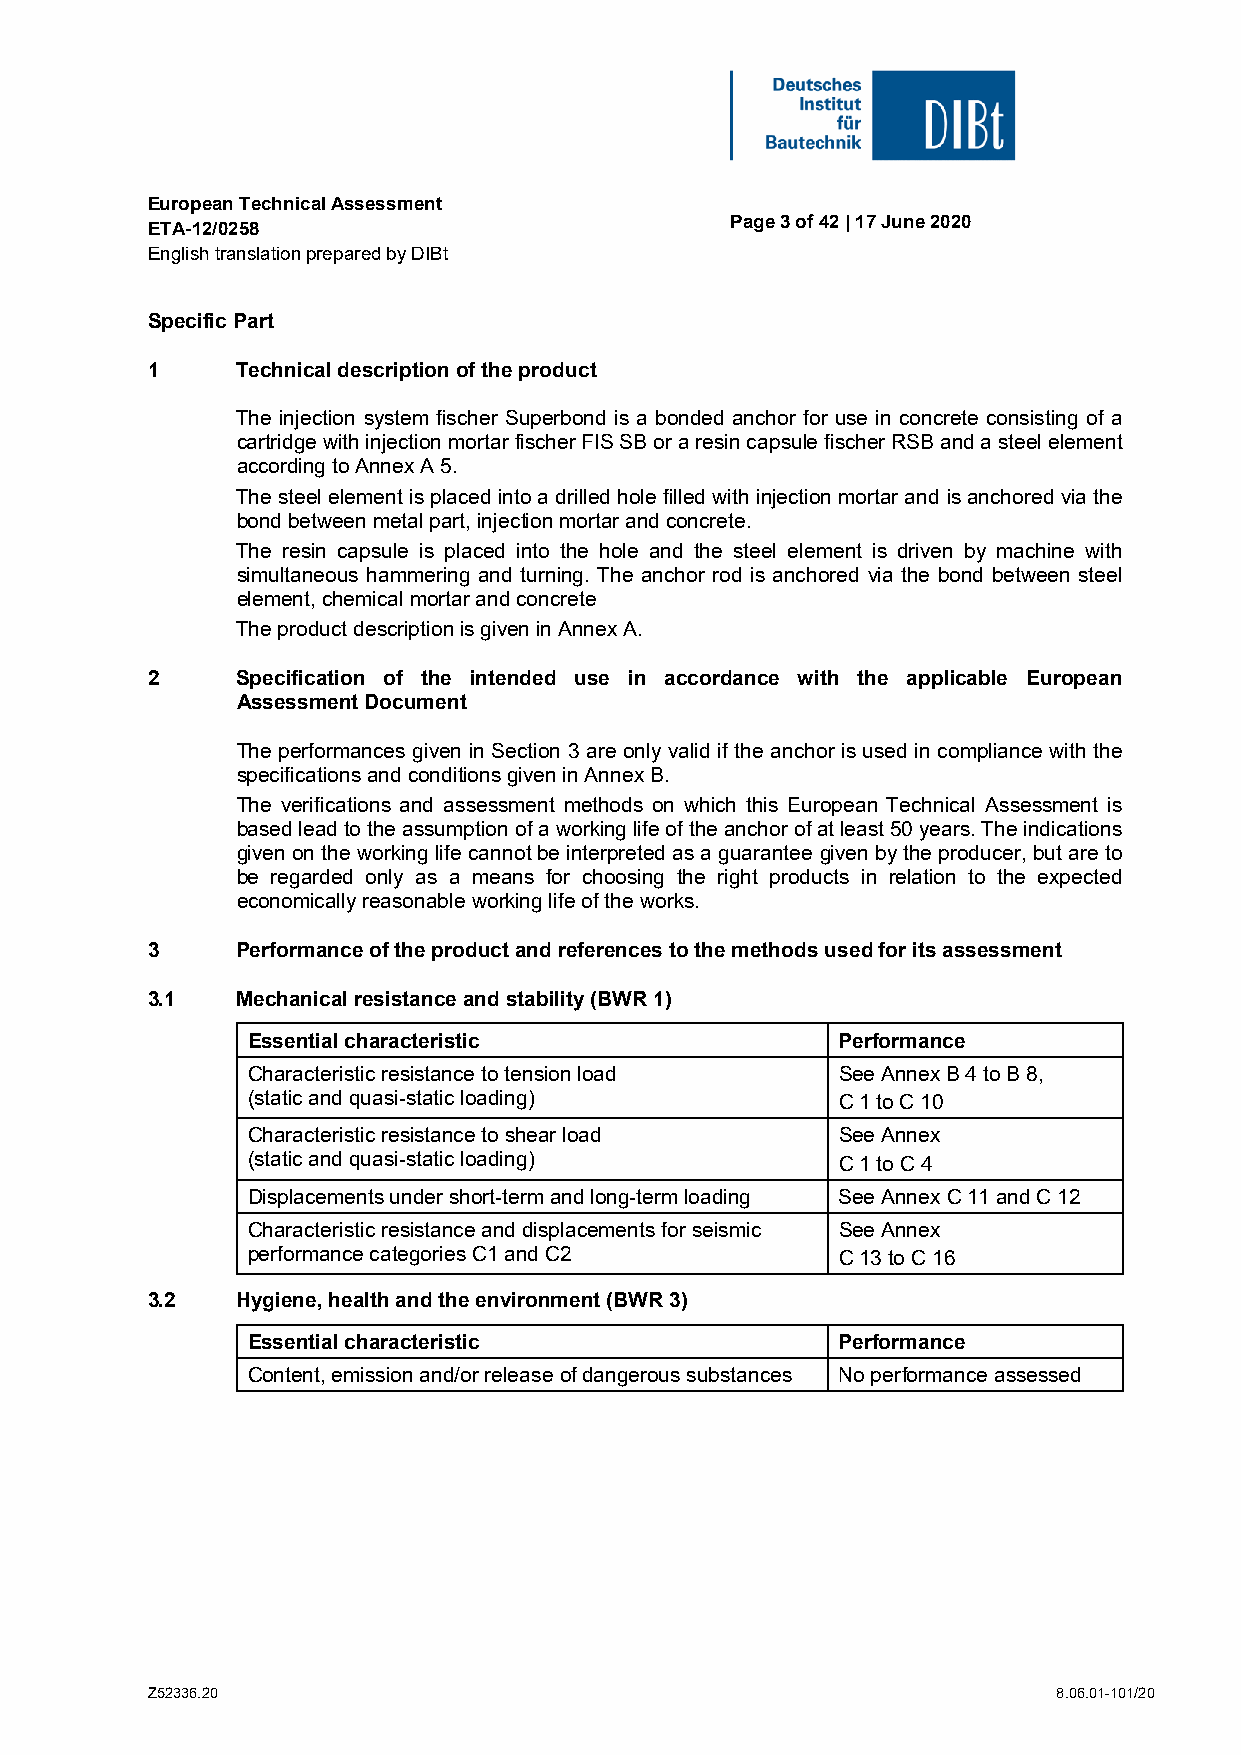
European Technical Assessment
 Page 3 of 42 | 17 June 2020
 ETA-12/0258
 English translation prepared by DIBt
 Specific Part
 1     Technical description of the product
 The injection system fischer Superbond is a bonded anchor for use in concrete consisting of a
 cartridge with injection mortar fischer FIS SB or a resin capsule fischer RSB and a steel element
 according to Annex A 5.
 The steel element is placed into a drilled hole filled with injection mortar and is anchored via the
 bond between metal part, injection mortar and concrete.
 The resin capsule is placed into the hole and the steel element is driven by machine with
 simultaneous hammering and turning. The anchor rod is anchored via the bond between steel
 element, chemical mortar and concrete
 The product description is given in Annex A.
 2     Specification of the intended use in accordance with the applicable European
 Assessment Document
 The performances given in Section 3 are only valid if the anchor is used in compliance with the
 specifications and conditions given in Annex B.
 The verifications and assessment methods on which this European Technical Assessment is
 based lead to the assumption of a working life of the anchor of at least 50 years. The indications
 given on the working life cannot be interpreted as a guarantee given by the producer, but are to
 be regarded only as a means for choosing the right products in relation to the expected
 economically reasonable working life of the works.
 3     Performance of the product and references to the methods used for its assessment
 3.1   Mechanical resistance and stability (BWR 1)
 Essential characteristic               Performance
 Characteristic resistance to tension load See Annex B 4 to B 8,
 (static and quasi-static loading)      C 1 to C 10
 Characteristic resistance to shear load See Annex
 (static and quasi-static loading)      C 1 to C 4
 Displacements under short-term and long-term loading See Annex C 11 and C 12
 Characteristic resistance and displacements for seismic See Annex
 performance categories C1 and C2       C 13 to C 16
 3.2   Hygiene, health and the environment (BWR 3)
 Essential characteristic               Performance
 Content, emission and/or release of dangerous substances No performance assessed
 Z52336.20                                                   8.06.01-101/20